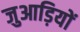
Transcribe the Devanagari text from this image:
जुआड़ियों